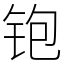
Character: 铇